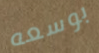
بوسعه